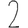
Digit: 2